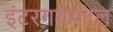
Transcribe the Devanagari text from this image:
इंटरगर्वमेंटल